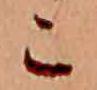
こ